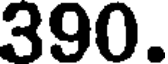
390.